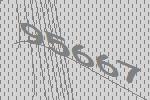
95667